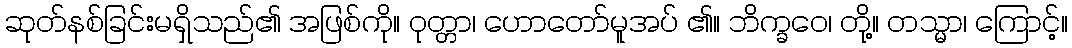
ဆုတ်နစ်ခြင်းမရှိသည်၏ အဖြစ်ကို။ ဝုတ္တာ၊ ဟောတော်မူအပ် ၏။ ဘိက္ခဝေ၊ တို့။ တသ္မာ၊ ကြောင့်။